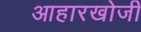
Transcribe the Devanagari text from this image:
आहारखोजी